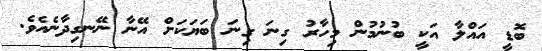
ބޮޑީ އައްލާ އަކީ ބުނުމުން މިހާރު ގިނަ ގިނަ ބަޔަކަށް އޭނާ ނޭނގިދާނެއެވެ.